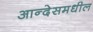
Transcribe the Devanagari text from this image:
आन्देसमधील